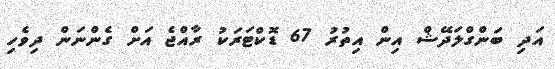
އަދި ބަންގްލަދޭޝް އިން އިތުރު 67 ޑޮކްޓަރަކު ރާއްޖެ އަށް ގެންނަން ދިވެހި